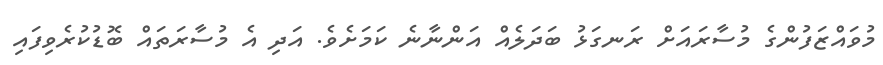
މުވައްޒަފުންގެ މުސާރައަށް ރަނގަޅު ބަދަލެއް އަންނާނެ ކަމަށެވެ. އަދި އެ މުސާރަތައް ބޮޑުކުރެވިފައި